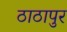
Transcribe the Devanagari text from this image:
ठाठापुर